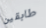
طابقين